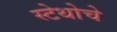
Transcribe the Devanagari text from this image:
स्टेथोचे